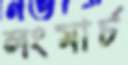
লংমার্চ